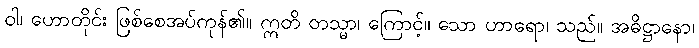
ဝါ၊ ဟောတိုင်း ဖြစ်စေအပ်ကုန်၏။ ဣတိ တသ္မာ၊ ကြောင့်။ သော ဟာရော၊ သည်။ အဓိဋ္ဌာနော၊